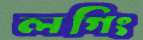
লগিং